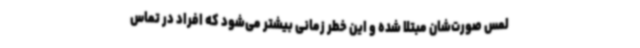
لمس صورت‌شان مبتلا شده و این خطر زمانی بیشتر می‌شود که افراد در تماس